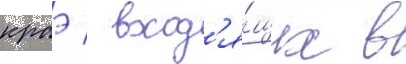
краэ / вход'я́щих в